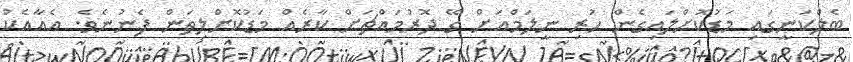
ބެލްކަނީގައި މަޑުކޮށްލައިގެން ހުރި ނީލަމްއަށް ގޭ ދޮރުމައްޗަށް ކާރެއް މަޑުކޮށްލިތަން ފެނުނެވެ. އެއާއެކު